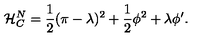
{ \cal { H } } _ { C } ^ { N } = \frac { 1 } { 2 } ( \pi - \lambda ) ^ { 2 } + \frac { 1 } { 2 } \phi ^ { 2 } + \lambda \phi ^ { \prime } .